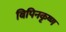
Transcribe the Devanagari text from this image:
बिपिनकृष्ण